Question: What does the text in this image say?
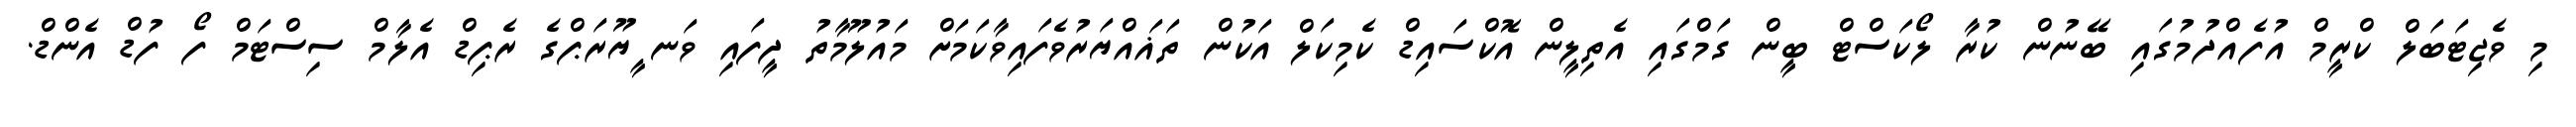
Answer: މި ވެޖިޓަބަލް ކްރީމް އުފެއްދުމުގައި ބޭނުން ކުރާ ލޯކަސްޓް ބީން ގަމްގައި އެތިލީން އޮކްސައިޑް ކެމިކަލް އަކުން ތަޣައްޔަރުވެފައިވާކަމަށް މައުލޫމާތު ދީފައި ވަނ ީޔޫރަޕްގެ ރެޕިޑް އެލާމް ސިސްޓަމް ފޯ ފުޑް އެންޑް.